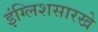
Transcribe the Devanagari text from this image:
इंग्लिशसारखे